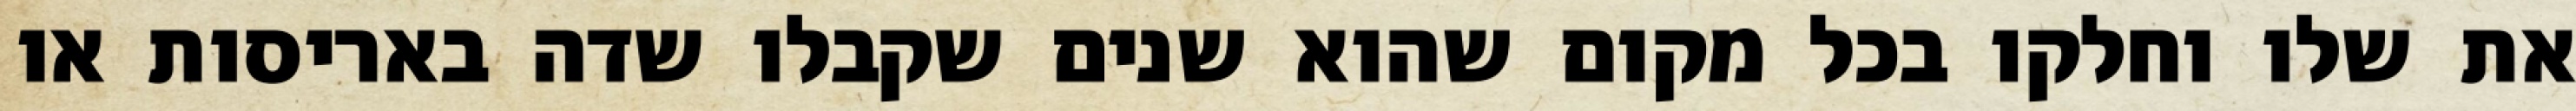
את שלו וחלקו בכל מקום שהוא שנים שקבלו שדה באריסות או